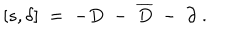
LaTeX: \left[ s , \delta \right] \; = \; - D \; - \; \overline { { { D } } } \; - \; \partial \; .